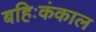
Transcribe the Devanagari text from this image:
बहिःकंकाल